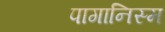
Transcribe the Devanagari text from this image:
पागानिस्म